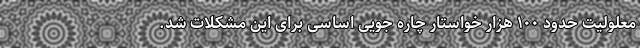
معلولیت حدود ۱۰۰ هزار خواستار چاره جویی اساسی برای این مشکلات شد.